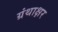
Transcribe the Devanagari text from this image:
ग्रंथाक्षर